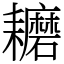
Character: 耱